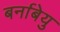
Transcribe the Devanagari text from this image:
बर्नाबेयु